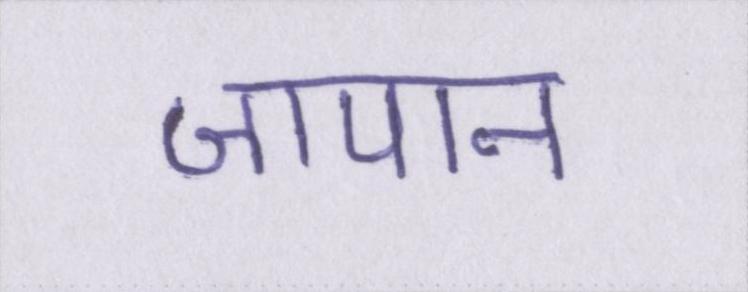
जापान